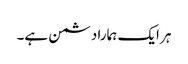
ہر ایک ہمارا دشمن ہے۔